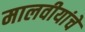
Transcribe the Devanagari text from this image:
मालवीयांचे